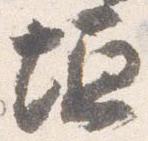
垣